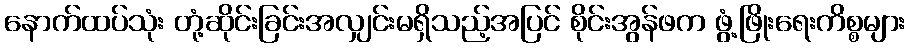
နောက်ထပ်သုံး တုံ့ဆိုင်းခြင်းအလျှင်းမရှိသည့်အပြင် စိုင်းအွန်ဖက ဖွံ့ဖြိုးရေးကိစ္စများ